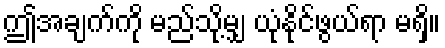
ဤအချက်ကို မည်သို့မျှ ယုံနိုင်ဖွယ်ရာ မရှိ။